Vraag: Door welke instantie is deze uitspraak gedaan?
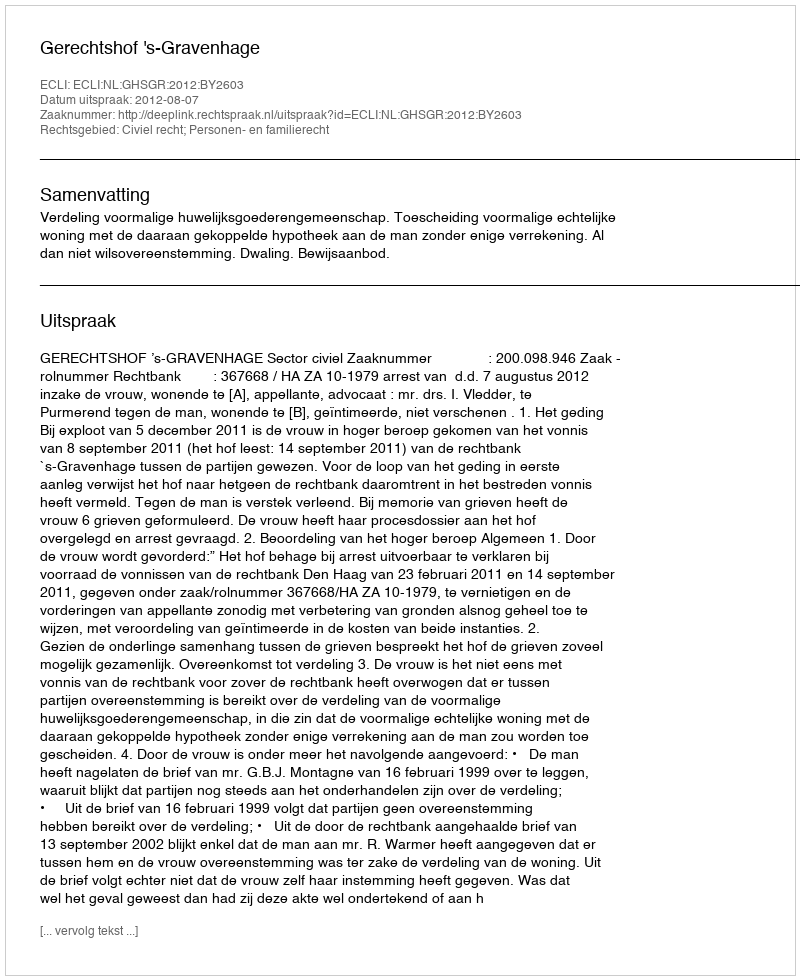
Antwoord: Gerechtshof 's-Gravenhage